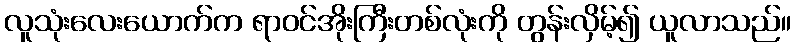
လူသုံးလေးယောက်က ရာဝင်အိုးကြီးတစ်လုံးကို တွန်းလှိမ့်၍ ယူလာသည်။